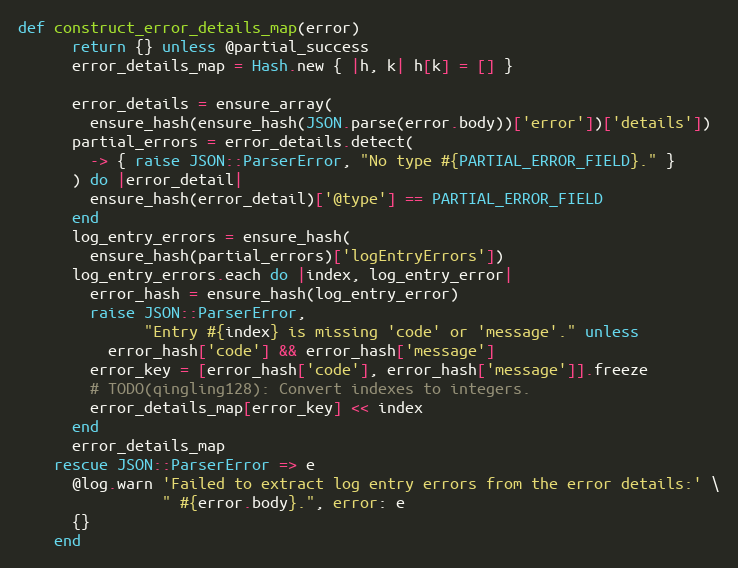
Language: Ruby
def construct_error_details_map(error)
      return {} unless @partial_success
      error_details_map = Hash.new { |h, k| h[k] = [] }

      error_details = ensure_array(
        ensure_hash(ensure_hash(JSON.parse(error.body))['error'])['details'])
      partial_errors = error_details.detect(
        -> { raise JSON::ParserError, "No type #{PARTIAL_ERROR_FIELD}." }
      ) do |error_detail|
        ensure_hash(error_detail)['@type'] == PARTIAL_ERROR_FIELD
      end
      log_entry_errors = ensure_hash(
        ensure_hash(partial_errors)['logEntryErrors'])
      log_entry_errors.each do |index, log_entry_error|
        error_hash = ensure_hash(log_entry_error)
        raise JSON::ParserError,
              "Entry #{index} is missing 'code' or 'message'." unless
          error_hash['code'] && error_hash['message']
        error_key = [error_hash['code'], error_hash['message']].freeze
        # TODO(qingling128): Convert indexes to integers.
        error_details_map[error_key] << index
      end
      error_details_map
    rescue JSON::ParserError => e
      @log.warn 'Failed to extract log entry errors from the error details:' \
                " #{error.body}.", error: e
      {}
    end